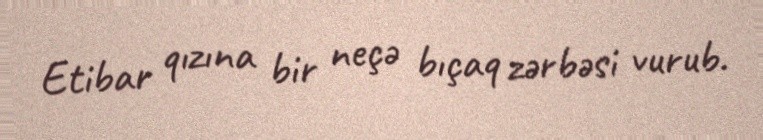
Etibar qızına bir neçə bıçaq zərbəsi vurub.